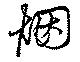
烟